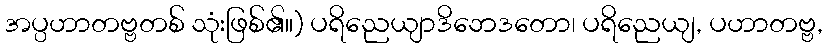
အပ္ပဟာတဗ္ဗတစ် သုံးဖြစ်၏။) ပရိညေယျာဒိဘေဒတော၊ ပရိညေယျ, ပဟာတဗ္ဗ,